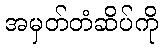
အမှတ်တံဆိပ်ကို